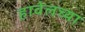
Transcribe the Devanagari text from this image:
हावेलच्या